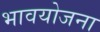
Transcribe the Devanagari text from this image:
भावयोजना